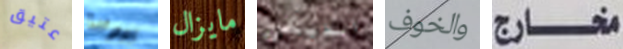
عتيق بيوتنا مايزال الديكور والخوف مخارج